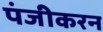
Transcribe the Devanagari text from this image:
पंजीकरन